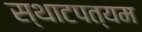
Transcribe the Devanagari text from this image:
स्थाटपत्यम